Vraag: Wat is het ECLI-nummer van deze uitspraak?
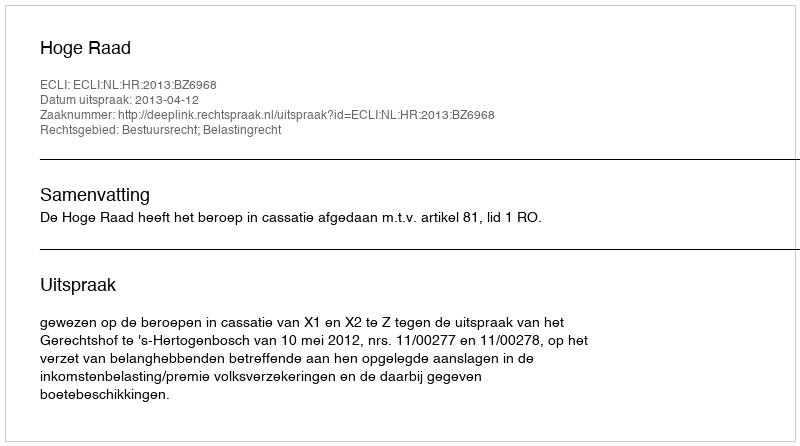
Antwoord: ECLI:NL:HR:2013:BZ6968